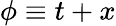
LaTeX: \phi\equiv t+x